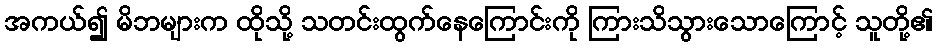
အကယ်၍ မိဘများက ထိုသို့ သတင်းထွက်နေကြောင်းကို ကြားသိသွားသောကြောင့် သူတို့၏